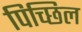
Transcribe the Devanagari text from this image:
पिच्छिल